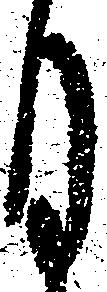
月